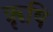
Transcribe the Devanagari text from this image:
ॠृषि